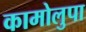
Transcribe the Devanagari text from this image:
कामोलुपा